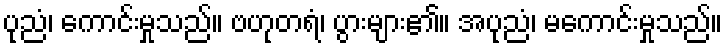
ပုညံ၊ ကောင်းမှုသည်။ ဗဟုတရံ၊ ပွားများ၏။ အပုညံ၊ မကောင်းမှုသည်။